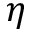
\eta